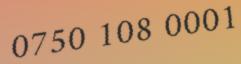
0750 108 0001